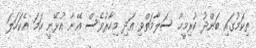
ތިކަމުގައި ބަންދު ކުރިމީހާ ސަލާމަތްވި އަދި މިހާރުވެސް އޭނާ އުޅޭނީ ހަމަ އެކަހަލަ